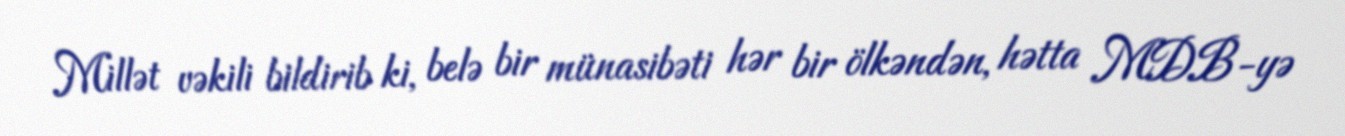
Millət vəkili bildirib ki, belə bir münasibəti hər bir ölkəndən, hətta MDB-yə